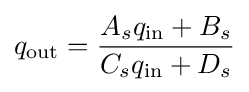
q_{\text{out}}={\frac {A_{s}q_{\text{in}}+B_{s}}{C_{s}q_{\text{in}}+D_{s}}}